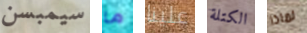
سيمبسن ما علينا الكتلة لماذا